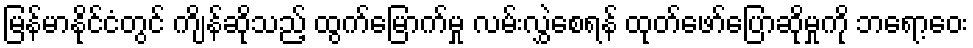
မြန်မာနိုင်ငံတွင် ကျိန်ဆိုသည့် ထွက်မြောက်မှု လမ်းလွှဲစေရန် ထုတ်ဖော်ပြောဆိုမှုကို ဘရော့ဝေး